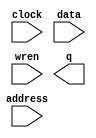
module MemoryQ (
	address,
	clock,
	data,
	wren,
	q);

	input	[11:0]  address;
	input	  clock;
	input	[11:0]  data;
	input	  wren;
	output	[11:0]  q;
`ifndef ALTERA_RESERVED_QIS
// synopsys translate_off
`endif
	tri1	  clock;
`ifndef ALTERA_RESERVED_QIS
// synopsys translate_on
`endif

endmodule